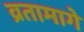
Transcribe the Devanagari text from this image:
व्रतामागे